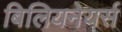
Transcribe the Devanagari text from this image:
बिलियनेयर्स